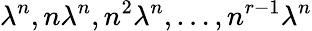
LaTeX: \lambda^{n},n\lambda^{n},n^{2}\lambda^{n},\dots,n^{r-1}\lambda^{n}